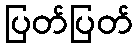
ပြတ်ပြတ်